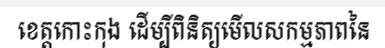
ខេត្តកោះកុង ដើម្បីពិនិត្យមើលសកម្មភាពនៃ